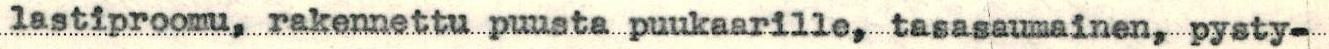
lastiproomu, rakennettu puusta puukaarille, tasasaumainen, pysty-